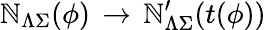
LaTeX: {\cal\mathbb{N}}_{\Lambda\Sigma}(\phi)\, \rightarrow\, {\cal\mathbb{N}}_{\Lambda\Sigma}^{\prime}(t(\phi))